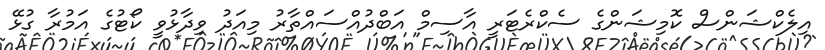
އިލެކްޝަންސް ކޮމިޝަންގެ ސެކްރެޓަރީ އާސިމް އަބްދުއްސައްތާރު މިއަދު ވިދާޅުވީ ކޯޓުގެ އަމުރާ ގުޅޭ